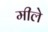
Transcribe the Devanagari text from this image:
मीले